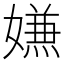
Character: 𭒡